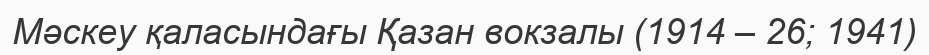
Мәскеу қаласындағы Қазан вокзалы (1914 – 26; 1941)